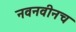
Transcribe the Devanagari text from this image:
नवनवीनच